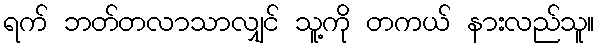
ရက် ဘတ်တလာသာလျှင် သူ့ကို တကယ် နားလည်သူ။